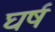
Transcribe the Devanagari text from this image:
घर्ष